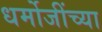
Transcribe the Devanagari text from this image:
धर्मोजींच्या